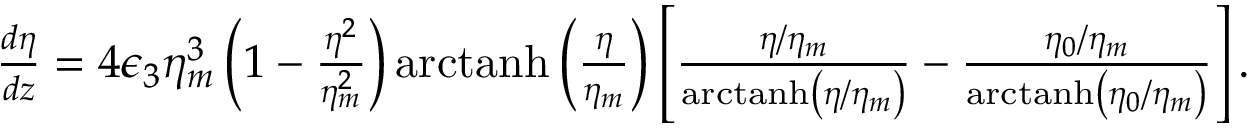
\begin{array} { r l r } & { } & { \! \! \! \! \! \! \! \! \frac { d \eta } { d z } = 4 \epsilon _ { 3 } \eta _ { m } ^ { 3 } \left( 1 - \frac { \eta ^ { 2 } } { \eta _ { m } ^ { 2 } } \right) \mathrm { a r c t a n h } \left( \frac { \eta } { \eta _ { m } } \right) \left[ \frac { \eta / \eta _ { m } } { \mathrm { a r c t a n h } \left( \eta / \eta _ { m } \right) } - \frac { \eta _ { 0 } / \eta _ { m } } { \mathrm { a r c t a n h } \left( \eta _ { 0 } / \eta _ { m } \right) } \right] . } \end{array}